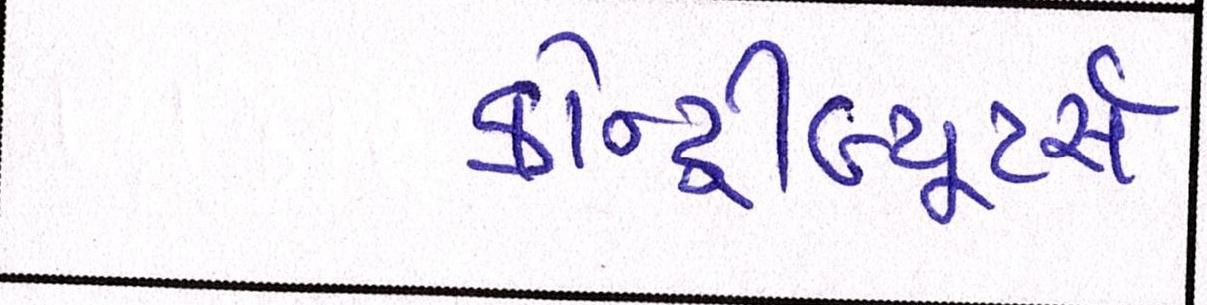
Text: કોન્ટ્રીબ્યૂટર્સઃ